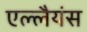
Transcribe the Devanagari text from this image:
एल्लैयंस